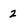
Character: 2